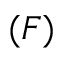
( F )